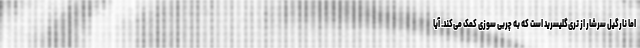
اما نارگیل سرشار از تری‌گلیسرید است که به چربی سوزی کمک می‌کند. آیا